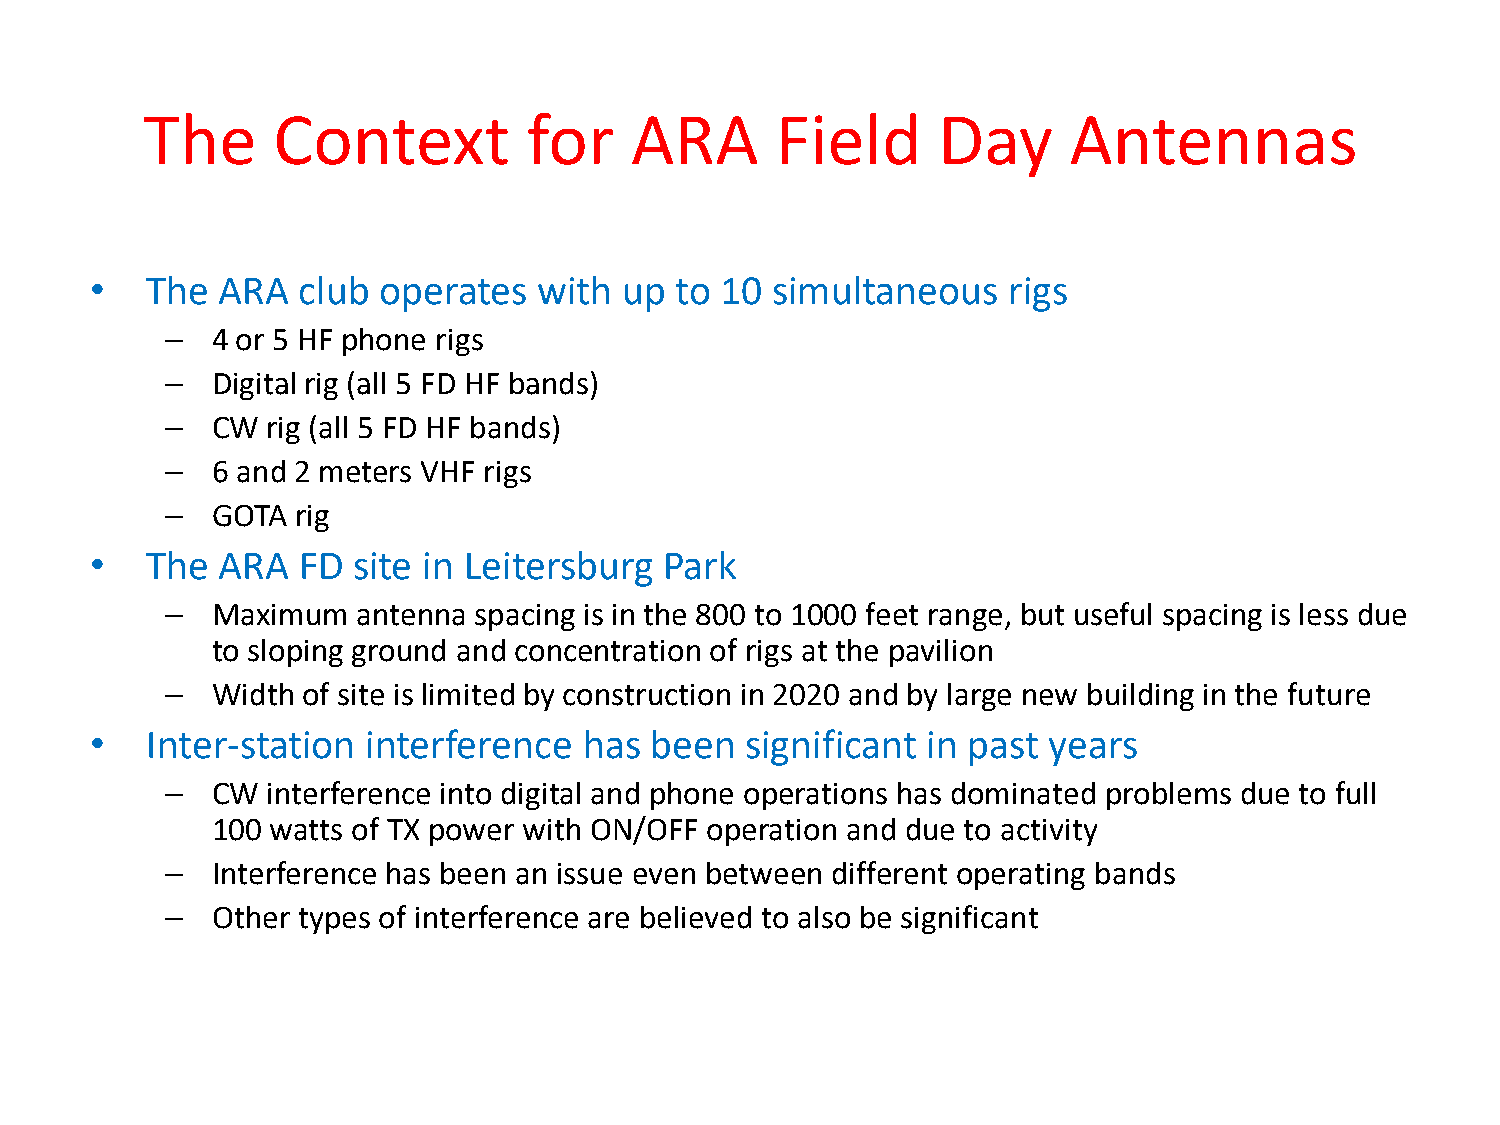
The      Context          for    ARA      Field      Day      Antennas
 •   The ARA   club operates   with up  to 10 simultaneous    rigs
 –  4 or 5 HF phone rigs
 –  Digital rig (all 5 FD HF bands)
 –  CW  rig (all 5 FD HF bands)
 –  6 and 2 meters VHF rigs
 –  GOTA  rig
 •   The ARA   FD site in Leitersburg  Park
 –  Maximum   antenna spacing is in the 800 to 1000 feet range, but useful spacing is less due
 to sloping ground and concentration of rigs at the pavilion
 –  Width of site is limited by construction in 2020 and by large new building in the future
 •   Inter-station interference   has been  significant in past years
 –  CW  interference into digital and phone operations has dominated problems due to full
 100 watts of TX power with ON/OFF operation and due to activity
 –  Interference has been an issue even between different operating bands
 –  Other types of interference are believed to also be significant